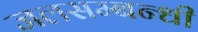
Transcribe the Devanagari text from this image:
जलसम्बन्धी